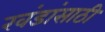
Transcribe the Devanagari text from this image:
खंडांसाठी